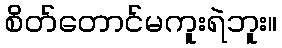
စိတ်တောင်မကူးရဲဘူး။